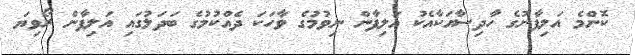
ކޮންމެ އަލިފާނުގެ ހާދިސާއަކާއެކު އަލިފާން ނިވުމުގެ ވާހަކަ ދެއްކުމުގެ ބަދަލުގައި އަލިފާން ރޯވިޔަ